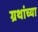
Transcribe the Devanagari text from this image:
ग्रथांच्या